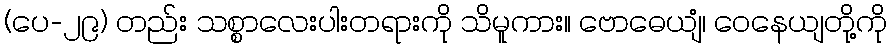
(ပေ-၂၉) တည်း သစ္စာလေးပါးတရားကို သိမူကား။ ဗောဓေယျံ၊ ဝေနေယျတို့ကို